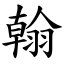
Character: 翰